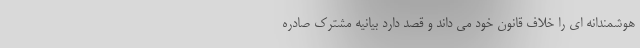
هوشمندانه ای را خلاف قانون خود می داند و قصد دارد بیانیه مشترک صادره